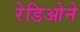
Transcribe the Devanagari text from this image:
रेडिओने